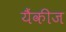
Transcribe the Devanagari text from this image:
यैंकीज